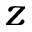
\displaystyle z